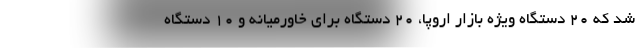
شد که 20 دستگاه ویژه بازار اروپا، 20 دستگاه برای خاورمیانه و 10 دستگاه